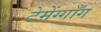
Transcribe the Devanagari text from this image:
टेमेंग्गाँग